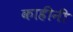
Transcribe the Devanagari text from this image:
काहीनी